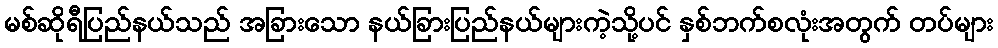
မစ်ဆိုရီပြည်နယ်သည် အခြားသော နယ်ခြားပြည်နယ်များကဲ့သို့ပင် နှစ်ဘက်စလုံးအတွက် တပ်များ